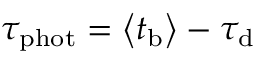
\tau _ { \mathrm { p h o t } } = \left\langle t _ { \mathrm { b } } \right\rangle - \tau _ { \mathrm { d } }